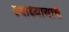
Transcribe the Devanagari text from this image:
स्वाध्यायाचे